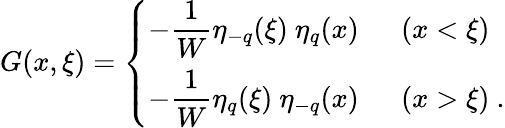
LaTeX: G(x,\xi)=\left\{ \begin{array}{ll}{{-\displaystyle{\frac{1}{W}}\eta_{-q}(\xi)\ \eta_{q}(x)}}&{{\ \ (x<\xi)}}\\ {{-\displaystyle{\frac{1}{W}}\eta_{q}(\xi)\ \eta_{-q}(x)}}&{{\ \ (x>\xi)\ .}}\end{array}\right.